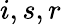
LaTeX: i,s,r